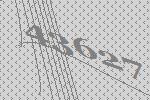
43627